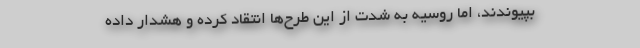
بپیوندند، اما روسیه به شدت از این طرح‌ها انتقاد کرده و هشدار داده